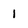
Character: 1